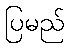
ပြမည်